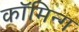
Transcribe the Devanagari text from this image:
कॉमिन्ग